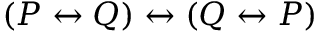
( P \leftrightarrow Q ) \leftrightarrow ( Q \leftrightarrow P )